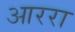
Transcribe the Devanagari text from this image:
आररा